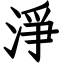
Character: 淨